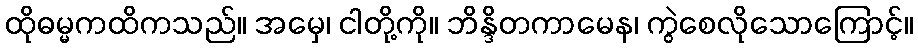
ထိုဓမ္မကထိကသည်။ အမှေ၊ ငါတို့ကို။ ဘိန္ဒိတကာမေန၊ ကွဲစေလိုသောကြောင့်။